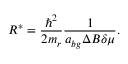
R ^ { * } = \frac { \hbar ^ { 2 } } { 2 m _ { r } } \frac { 1 } { a _ { b g } \Delta B \delta \mu } .